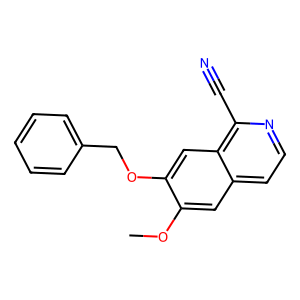
SMILES: COc1cc2ccnc(C#N)c2cc1OCc1ccccc1
Inhibits HIV replication: No